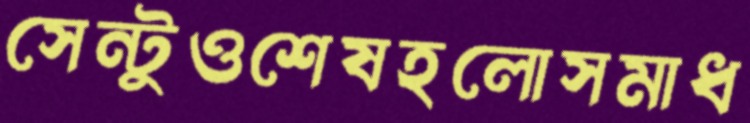
সেন্টুওশেষহলোসমাধ